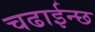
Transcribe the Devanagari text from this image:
चढाईन्छ